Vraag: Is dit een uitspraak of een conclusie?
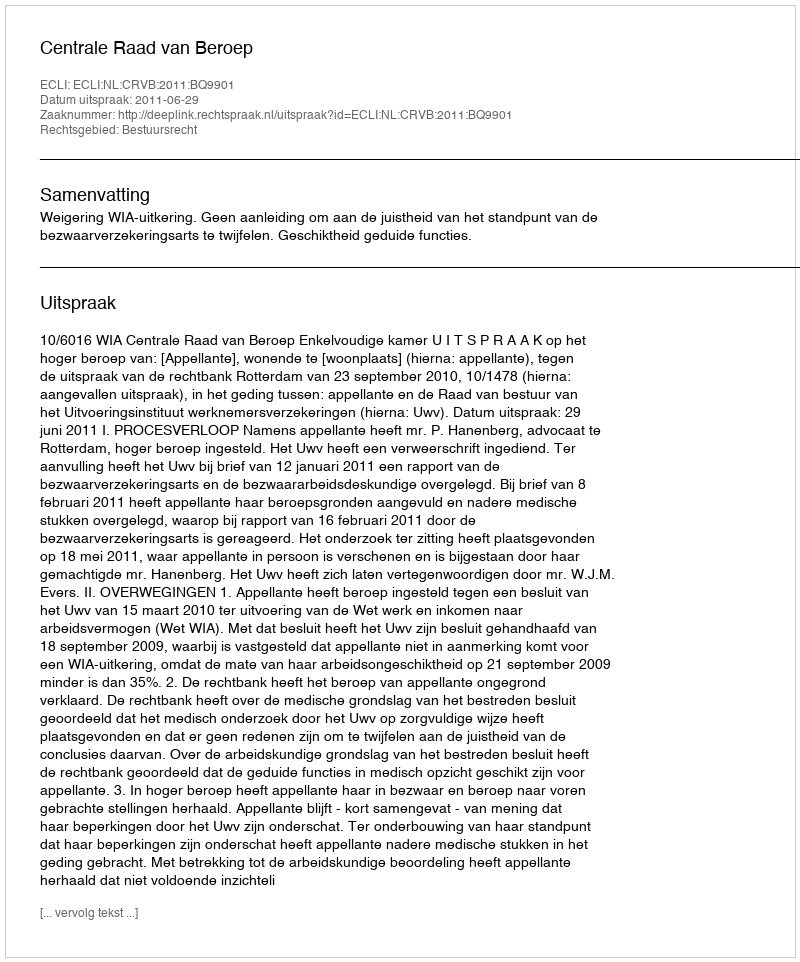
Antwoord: Uitspraak